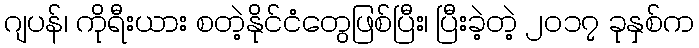
ဂျပန်၊ ကိုရီးယား စတဲ့နိုင်ငံတွေဖြစ်ပြီး၊ ပြီးခဲ့တဲ့ ၂၀၁၇ ခုနှစ်က